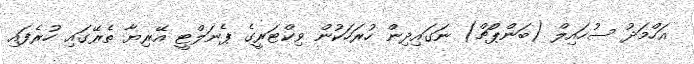
އަހްމަދު ސުހައިލް (ބަންޕުޗް) ނަގައިދިން ހުރަހަކުން ވިކްޓަރީގެ ޕެނަލްޓީ އޭރިޔާ ތެރޭގައި ހުރެފައި